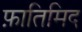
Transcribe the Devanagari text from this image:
फ़ातिमिद